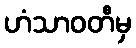
ဟံသာဝတီမှ